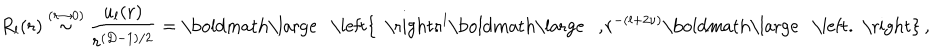
LaTeX: R _ { l } ( r ) \stackrel { ( r \rightarrow 0 ) } { \sim } \frac { u _ { l } ( r ) } { r ^ { ( { D } - 1 ) / 2 } } = \mathrm { \boldmath \large ~ \left\{ ~ \right. ~ } \! \! \! r ^ { l } \mathrm { \boldmath \large ~ , ~ } \! r ^ { - ( l + 2 \nu ) } \mathrm { \boldmath \large ~ \left. ~ \right\} ~ } \! \! \; ,